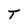
Character: T